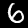
Digit: 6